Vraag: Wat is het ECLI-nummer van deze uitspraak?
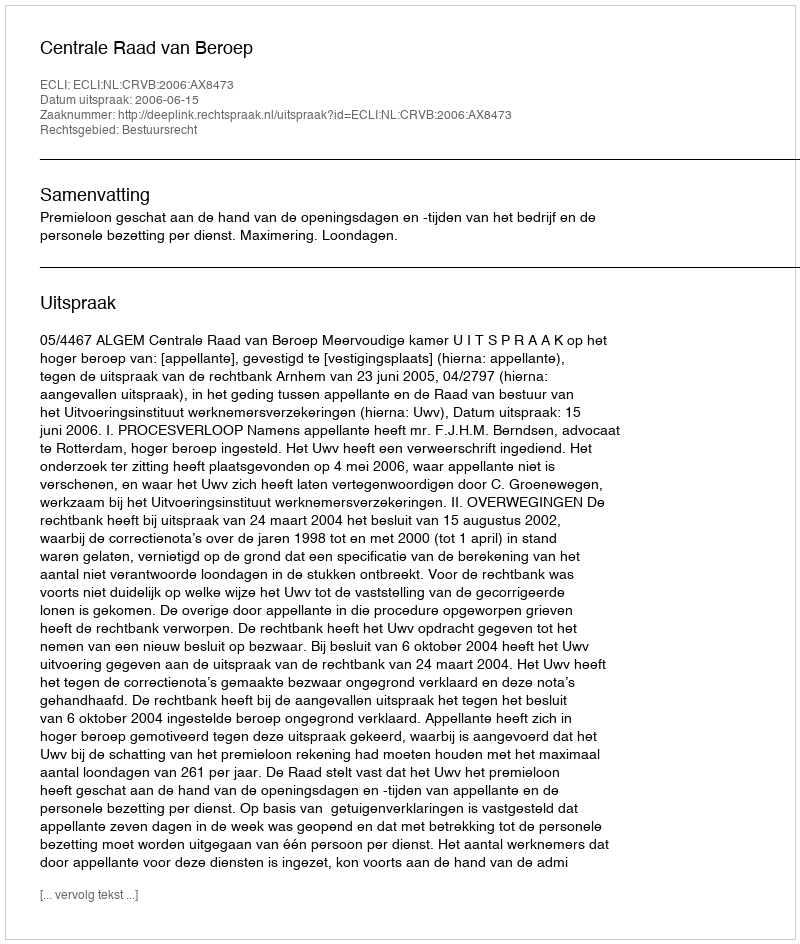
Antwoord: ECLI:NL:CRVB:2006:AX8473